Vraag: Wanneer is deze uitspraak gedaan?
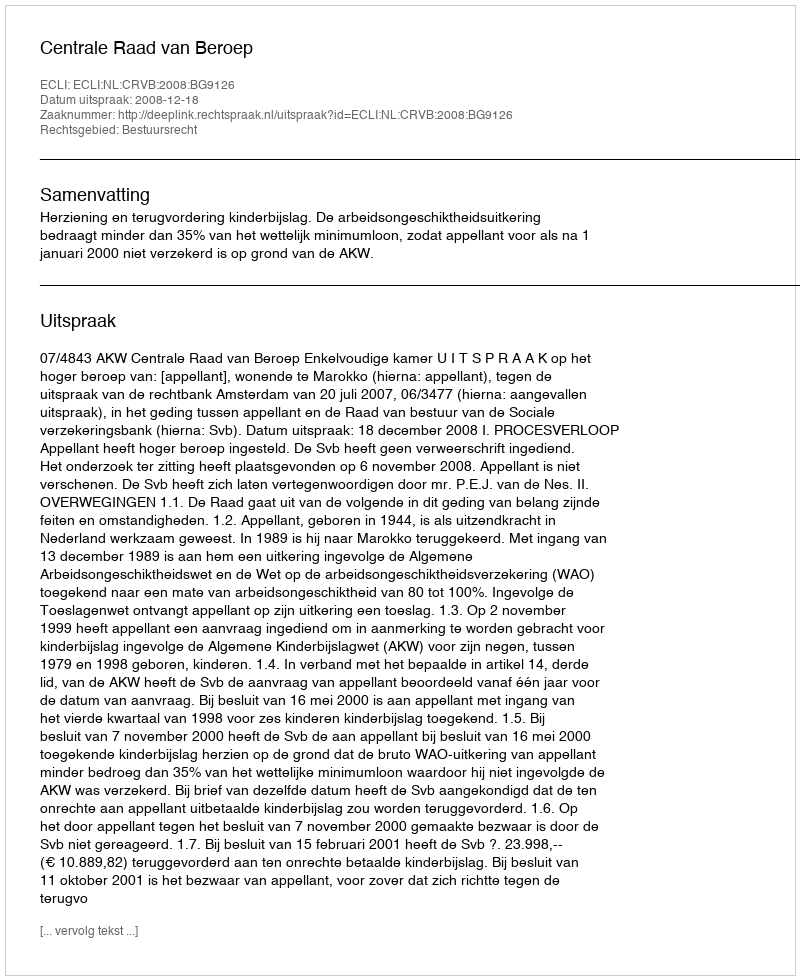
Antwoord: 2008-12-18